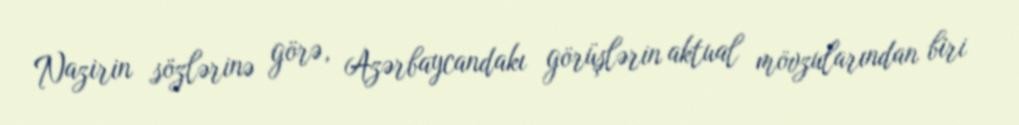
Nazirin sözlərinə görə, Azərbaycandakı görüşlərin aktual mövzularından biri